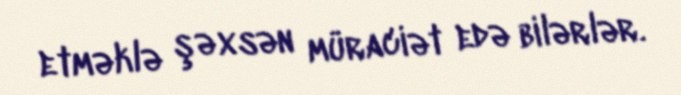
etməklə şəxsən müraciət edə bilərlər.